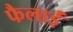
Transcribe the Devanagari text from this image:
फैलाईं